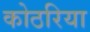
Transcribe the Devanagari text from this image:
कोठरिया